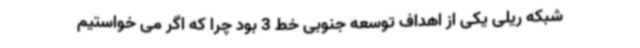
شبکه ریلی یکی از اهداف توسعه جنوبی خط 3 بود چرا که اگر می خواستیم